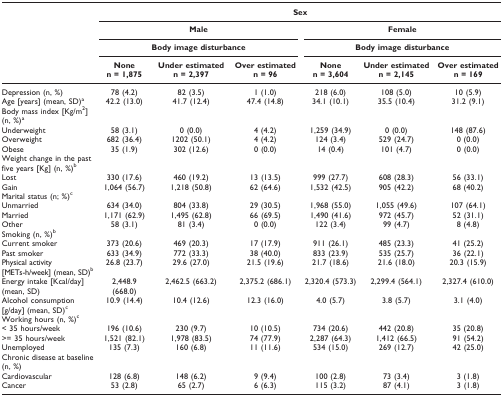
<table><thead><tr><td></td><td colspan="6"><b>Sex</b></td></tr><tr><td></td><td colspan="3"><b>Male</b></td><td colspan="3"><b>Female</b></td></tr><tr><td></td><td colspan="3"><b>Body image disturbance</b></td><td colspan="3"><b>Body image disturbance</b></td></tr><tr><td></td><td><b>Nonen = 1,875</b></td><td><b>Under estimatedn = 2,397</b></td><td><b>Over estimatedn = 96</b></td><td><b>Nonen = 3,604</b></td><td><b>Under estimatedn = 2,145</b></td><td><b>Over estimatedn = 169</b></td></tr></thead><tbody><tr><td>Depression (n, %)</td><td>78 (4.2)</td><td>82 (3.5)</td><td>1 (1.0)</td><td>218 (6.0)</td><td>108 (5.0)</td><td>10 (5.9)</td></tr><tr><td>Age [years] (mean, SD)<sup>a</sup></td><td>42.2 (13.0)</td><td>41.7 (12.4)</td><td>47.4 (14.8)</td><td>34.1 (10.1)</td><td>35.5 (10.4)</td><td>31.2 (9.1)</td></tr><tr><td>Body mass index [Kg/m<sup>2</sup>] (n, %)<sup>a</sup></td><td></td><td></td><td></td><td></td><td></td><td></td></tr><tr><td> Underweight</td><td>58 (3.1)</td><td>0 (0.0)</td><td>4 (4.2)</td><td>1,259 (34.9)</td><td>0 (0.0)</td><td>148 (87.6)</td></tr><tr><td> Overweight</td><td>682 (36.4)</td><td>1202 (50.1)</td><td>4 (4.2)</td><td>124 (3.4)</td><td>529 (24.7)</td><td>0 (0.0)</td></tr><tr><td> Obese</td><td>35 (1.9)</td><td>302 (12.6)</td><td>0 (0.0)</td><td>14 (0.4)</td><td>101 (4.7)</td><td>0 (0.0)</td></tr><tr><td>Weight change in the past five years [Kg] (n, %)<sup>b</sup></td><td></td><td></td><td></td><td></td><td></td><td></td></tr><tr><td> Lost</td><td>330 (17.6)</td><td>460 (19.2)</td><td>13 (13.5)</td><td>999 (27.7)</td><td>608 (28.3)</td><td>56 (33.1)</td></tr><tr><td> Gain</td><td>1,064 (56.7)</td><td>1,218 (50.8)</td><td>62 (64.6)</td><td>1,532 (42.5)</td><td>905 (42.2)</td><td>68 (40.2)</td></tr><tr><td>Marital status (n; %)<sup>c</sup></td><td></td><td></td><td></td><td></td><td></td><td></td></tr><tr><td> Unmarried</td><td>634 (34.0)</td><td>804 (33.8)</td><td>29 (30.5)</td><td>1,968 (55.0)</td><td>1,055 (49.6)</td><td>107 (64.1)</td></tr><tr><td> Married</td><td>1,171 (62.9)</td><td>1,495 (62.8)</td><td>66 (69.5)</td><td>1,490 (41.6)</td><td>972 (45.7)</td><td>52 (31.1)</td></tr><tr><td> Other</td><td>58 (3.1)</td><td>81 (3.4)</td><td>0 (0.0)</td><td>122 (3.4)</td><td>99 (4.7)</td><td>8 (4.8)</td></tr><tr><td>Smoking (n, %)<sup>b</sup></td><td></td><td></td><td></td><td></td><td></td><td></td></tr><tr><td> Current smoker</td><td>373 (20.6)</td><td>469 (20.3)</td><td>17 (17.9)</td><td>911 (26.1)</td><td>485 (23.3)</td><td>41 (25.2)</td></tr><tr><td> Past smoker</td><td>633 (34.9)</td><td>772 (33.3)</td><td>38 (40.0)</td><td>833 (23.9)</td><td>535 (25.7)</td><td>36 (22.1)</td></tr><tr><td>Physical activity [METs-h/week] (mean, SD)<sup>b</sup></td><td>26.8 (23.7)</td><td>29.6 (27.0)</td><td>21.5 (19.6)</td><td>21.7 (18.6)</td><td>21.6 (18.0)</td><td>20.3 (15.9)</td></tr><tr><td>Energy intake [Kcal/day] (mean, SD)</td><td>2,448.9 (668.0)</td><td>2,462.5 (663.2)</td><td>2,375.2 (686.1)</td><td>2,320.4 (573.3)</td><td>2,299.4 (564.1)</td><td>2,327.4 (610.0)</td></tr><tr><td>Alcohol consumption [g/day] (mean, SD)<sup>c</sup></td><td>10.9 (14.4)</td><td>10.4 (12.6)</td><td>12.3 (16.0)</td><td>4.0 (5.7)</td><td>3.8 (5.7)</td><td>3.1 (4.0)</td></tr><tr><td>Working hours (n, %)<sup>c</sup></td><td></td><td></td><td></td><td></td><td></td><td></td></tr><tr><td> &lt; 35 hours/week</td><td>196 (10.6)</td><td>230 (9.7)</td><td>10 (10.5)</td><td>734 (20.6)</td><td>442 (20.8)</td><td>35 (20.8)</td></tr><tr><td> &gt;= 35 hours/week</td><td>1,521 (82.1)</td><td>1,978 (83.5)</td><td>74 (77.9)</td><td>2,287 (64.3)</td><td>1,412 (66.5)</td><td>91 (54.2)</td></tr><tr><td> Unemployed</td><td>135 (7.3)</td><td>160 (6.8)</td><td>11 (11.6)</td><td>534 (15.0)</td><td>269 (12.7)</td><td>42 (25.0)</td></tr><tr><td>Chronic disease at baseline (n, %)</td><td></td><td></td><td></td><td></td><td></td><td></td></tr><tr><td> Cardiovascular</td><td>128 (6.8)</td><td>148 (6.2)</td><td>9 (9.4)</td><td>100 (2.8)</td><td>73 (3.4)</td><td>3 (1.8)</td></tr><tr><td> Cancer</td><td>53 (2.8)</td><td>65 (2.7)</td><td>6 (6.3)</td><td>115 (3.2)</td><td>87 (4.1)</td><td>3 (1.8)</td></tr></tbody></table>